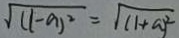
\sqrt { ( 1 - a ) ^ { 2 } } = \sqrt { ( 1 + a ) ^ { 2 } }